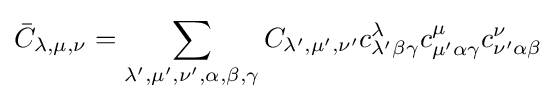
{\bar {C}}_{\lambda ,\mu ,\nu }=\sum _{\lambda ',\mu ',\nu ',\alpha ,\beta ,\gamma }C_{\lambda ',\mu ',\nu '}c_{\lambda '\beta \gamma }^{\lambda }c_{\mu '\alpha \gamma }^{\mu }c_{\nu '\alpha \beta }^{\nu }